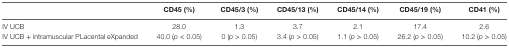
<table><thead><tr><td></td><td><b>CD45 (%)</b></td><td><b>CD45/3 (%)</b></td><td><b>CD45/13 (%)</b></td><td><b>CD45/14 (%)</b></td><td><b>CD45/19 (%)</b></td><td><b>CD41 (%)</b></td></tr></thead><tbody><tr><td>IV UCB</td><td>28.0</td><td>1.3</td><td>3.7</td><td>2.1</td><td>17.4</td><td>2.6</td></tr><tr><td>IV UCB + intramuscular PLacental eXpanded</td><td>40.0 (<i>p</i> &lt; 0.05)</td><td>0 (<i>p</i> &gt; 0.05)</td><td>3.4 (<i>p</i> &gt; 0.05)</td><td>1.1 (<i>p</i> &gt; 0.05)</td><td>26.2 (<i>p</i> &gt; 0.05)</td><td>10.2 (<i>p</i> &gt; 0.05)</td></tr></tbody></table>